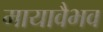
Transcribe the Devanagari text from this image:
मायावैभव